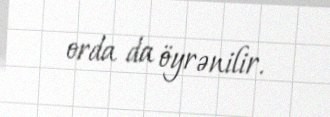
orda da öyrənilir.